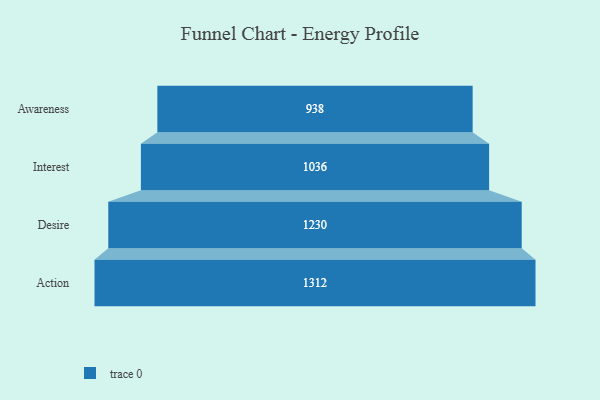
{"axis": {"x": "Stage", "y": "Value"}, "legend": [""], "data": [{"x": "Awareness", "y": 938.0, "type": ""}, {"x": "Interest", "y": 1036.0, "type": ""}, {"x": "Desire", "y": 1230.0, "type": ""}, {"x": "Action", "y": 1312.0, "type": ""}]}